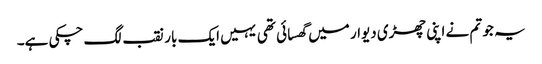
یہ جو تم نے اپنی چھڑی دیوار میں گھسائی تھی یہیں ایک بار نقب لگ چکی ہے۔